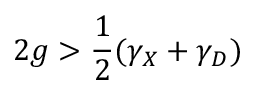
2 g > \frac { 1 } { 2 } ( \gamma _ { X } + \gamma _ { D } )